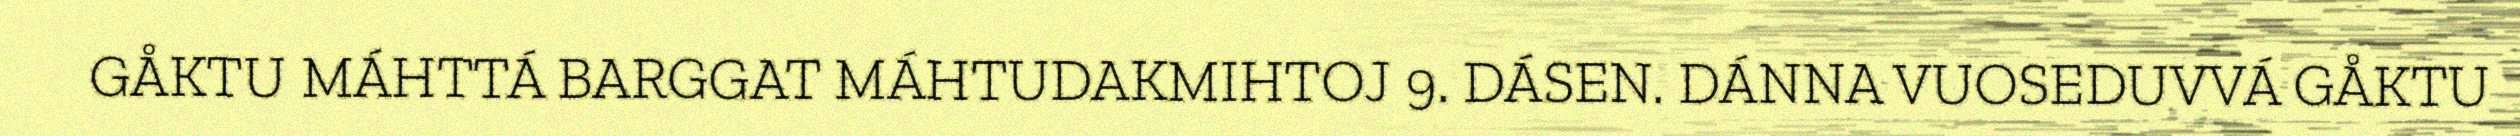
GÅKTU MÁHTTÁ BARGGAT MÁHTUDAKMIHTOJ 9. DÁSEN. DÁNNA VUOSEDUVVÁ GÅKTU